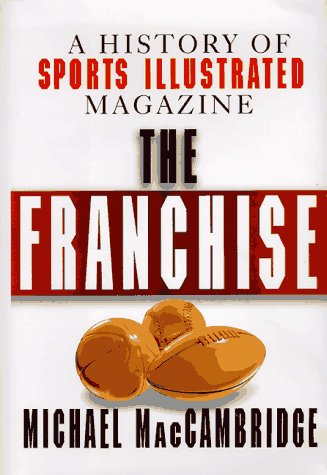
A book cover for The Franchise: A History of Sports Illustrated Magazine; Michael MacCambridge; Humor & Entertainment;